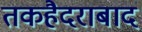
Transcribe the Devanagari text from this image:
तकहैदराबाद